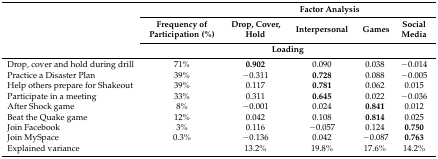
| <ROWSPAN=3>  |  | <COLSPAN=4> Factor Analysis |
 | Frequency of Participation (%) | Drop, Cover, Hold | Interpersonal | Games | Social Media |
 | <COLSPAN=5> Loading |
 | --- | --- | --- | --- | --- | --- |
 | Drop, cover and hold during drill | 71% | 0.902 | 0.090 | 0.038 | −0.014 |
 | Practice a Disaster Plan | 39% | −0.311 | 0.728 | 0.088 | −0.005 |
 | Help others prepare for Shakeout | 39% | 0.117 | 0.781 | 0.062 | 0.015 |
 | Participate in a meeting | 33% | 0.311 | 0.645 | 0.022 | −0.036 |
 | After Shock game | 8% | −0.001 | 0.024 | 0.841 | 0.012 |
 | Beat the Quake game | 12% | 0.042 | 0.108 | 0.814 | 0.025 |
 | Join Facebook | 3% | 0.116 | −0.057 | 0.124 | 0.750 |
 | Join MySpace | 0.3% | −0.136 | 0.042 | −0.087 | 0.763 |
 | Explained variance |  | 13.2% | 19.8% | 17.6% | 14.2% |